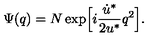
\Psi ( q ) = N \exp \Bigl [ i \frac { \dot { u } ^ { * } } { 2 u ^ { * } } q ^ { 2 } \Bigr ] .